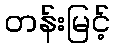
တန်းမြင့်